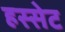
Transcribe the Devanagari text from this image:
हस्सेट